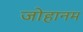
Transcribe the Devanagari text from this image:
जोहानम